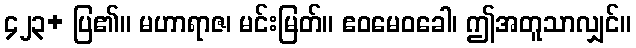
၄၂၃+ ပြ၏။ မဟာရာဇ၊ မင်းမြတ်။ ဧဝမေဝခေါ၊ ဤအတူသာလျှင်။